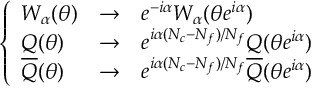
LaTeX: \left\{ \begin{array} { l l l } { { W _ { \alpha } ( \theta ) } } & { { \rightarrow } } & { { e ^ { - i \alpha } W _ { \alpha } ( \theta e ^ { i \alpha } ) } } \\ { { Q ( \theta ) } } & { { \rightarrow } } & { { e ^ { i \alpha ( N _ { c } - N _ { f } ) / N _ { f } } Q ( \theta e ^ { i \alpha } ) } } \\ { { \overline { { { Q } } } ( \theta ) } } & { { \rightarrow } } & { { e ^ { i \alpha ( N _ { c } - N _ { f } ) / N _ { f } } \overline { { { Q } } } ( \theta e ^ { i \alpha } ) } } \end{array} \right.